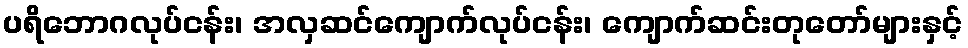
ပရိဘောဂလုပ်ငန်း၊ အလှဆင်ကျောက်လုပ်ငန်း၊ ကျောက်ဆင်းတုတော်များနှင့်